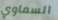
السماوي